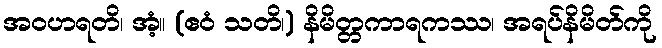
အဝဟရတိ၊ အံ့။ (ဧဝံ သတိ၊) နိမိတ္တကာရကဿ၊ အရပ်နိမိတ်ကို